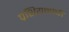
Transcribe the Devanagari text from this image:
प्रशियनांची